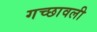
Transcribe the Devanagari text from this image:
गच्छावली